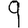
Digit: 9